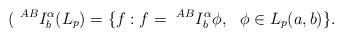
LaTeX: \begin{align*} (~^{AB}I_b^\alpha (L_p)=\{f: f=~^{AB}I_b^\alpha \phi, ~~\phi \in L_p(a,b)\}.\end{align*}